system: You are a helpful assistant.
user:
Analyze the provided spectrum to determine if it is a **Carbon Star (C-type)**.

- **Key Visual Indicators of Carbon Star:**
    - **(Primary):** Strong molecular absorption from **C₂ (diatomic carbon) "Swan Bands."** This is the **defining feature** of a carbon star.
        - **(Key Bandheads):** Sharp absorption edges are visible at approximately $5635$ Å, $5165$ Å (the strongest band), and $4737$ Å.
        - **(Line Profile):** Creates a distinct **"saw-tooth"** pattern. The key morphology is a sharp, steep bandhead on the **red (long-wavelength) side**, which then gradually tapers off (i.e., flux recovers) towards the **blue (short-wavelength) side**. *(This is the direct opposite of the TiO bands seen in M-type stars)*.

    - **(Secondary):** Intense **CN (cyanogen)** molecular absorption bands.
        - **(Key Bandheads):** Located in the blue and violet regions of the spectrum (e.g., near $4215$ Å and $3883$ Å).
        - **(Morphology):** These bands are extremely broad and act as a "blanket," absorbing the vast majority of blue and violet light. This creates a characteristic **"cliff"** or **"steep drop-off"** in the spectrum's flux at short wavelengths.

    - **(Key Confirmation):** Strong **CH absorption band (G-band)**.
        - **(Key Bandhead):** Located around $4300$ Å. The contribution from CH molecules to this band is exceptionally strong.

    - **(Overall Spectrum):**
        - The continuum is severely "chopped up" by these deep molecular bands, especially C₂, rather than appearing as a smooth curve.
        - Due to the heavy CN and C₂ absorption in the blue-green, the vast majority of the star's flux is concentrated in the red part of the spectrum, giving the star its characteristic deep red color.

Think first, call **spectral_visualization_tool** if needed to examine features in detail, then provide your final answer. Your response must adhere to the following strict rules:
1.  **Overall Structure:** Your response must follow the format `<think>...</think> <tool_call>...</tool_call> (if a tool is used) <answer>...</answer>`.
2.  **Tool Usage Constraint:** You may only make **one** tool call per turn.
3.  **Final Answer Format:** In the `<answer>` tag, your conclusion must be inside a `\boxed{}` command (e.g., `\boxed{YES}`), followed by your justification.

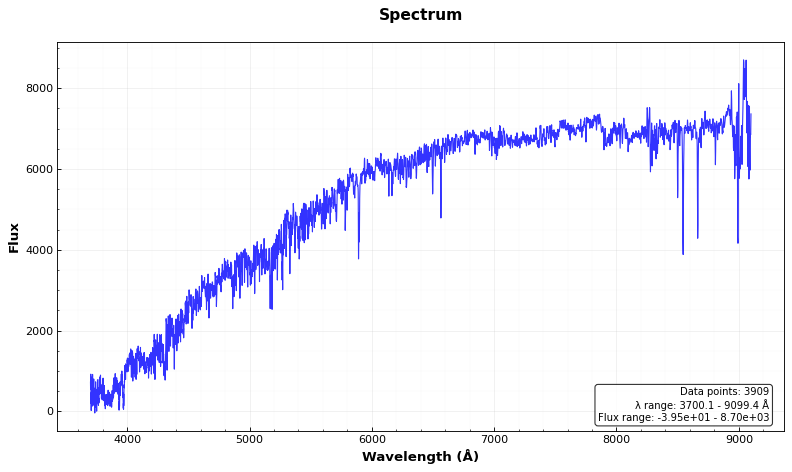
Answer: NO